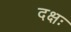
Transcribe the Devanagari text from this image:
दक्षः